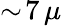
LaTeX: \sim\! 7\, \mu